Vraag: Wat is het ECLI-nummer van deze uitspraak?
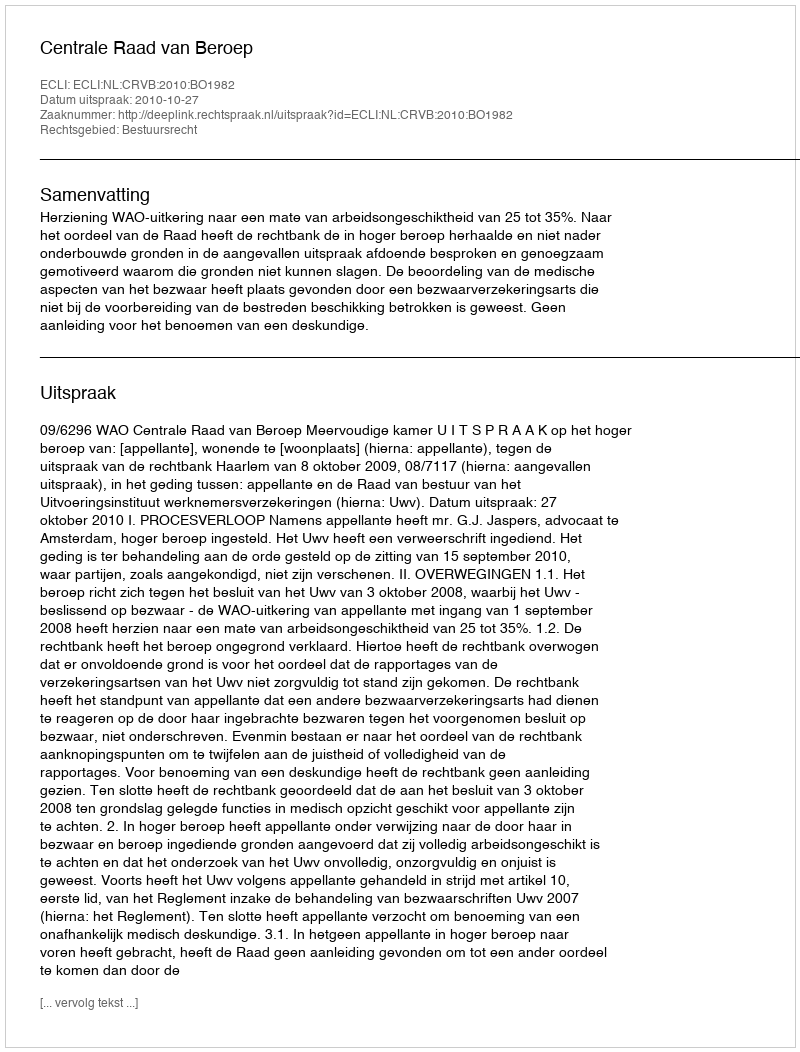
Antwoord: ECLI:NL:CRVB:2010:BO1982